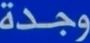
وجدة